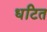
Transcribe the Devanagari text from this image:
धटित